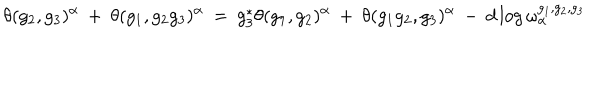
LaTeX: \theta ( g _ { 2 } , g _ { 3 } ) ^ { \alpha } \: + \: \theta ( g _ { 1 } , g _ { 2 } g _ { 3 } ) ^ { \alpha } \: = \: g _ { 3 } ^ { * } \theta ( g _ { 1 } , g _ { 2 } ) ^ { \alpha } \: + \: \theta ( g _ { 1 } g _ { 2 } , g _ { 3 } ) ^ { \alpha } \: - \: d \log \omega _ { \alpha } ^ { g _ { 1 } , g _ { 2 } , g _ { 3 } }